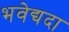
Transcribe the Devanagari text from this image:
भवेद्यदा